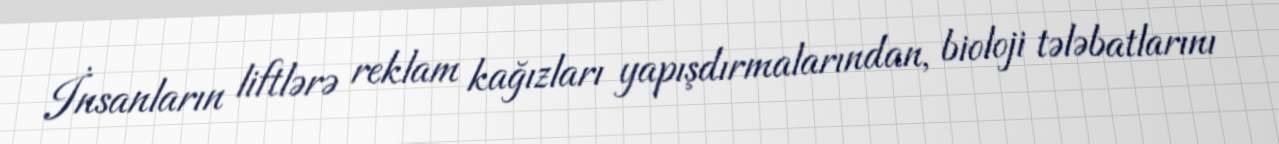
İnsanların liftlərə reklam kağızları yapışdırmalarından, bioloji tələbatlarını